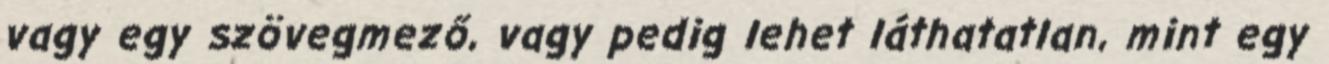
vagy egy szövegmező, vagy pedig lehet láthatatlan, mint egy